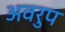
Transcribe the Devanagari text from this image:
अवरुप